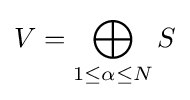
V=\bigoplus _{1\leq \alpha \leq N}S